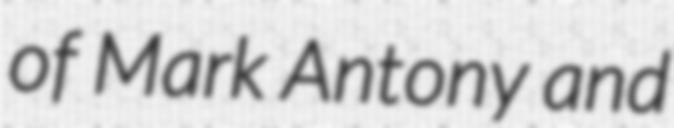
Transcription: of Mark Antony and